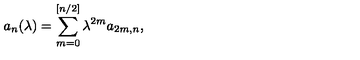
a _ { n } ( \lambda ) = \sum _ { m = 0 } ^ { [ n / 2 ] } \lambda ^ { 2 m } a _ { 2 m , n } ,